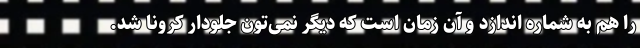
را هم به شماره اندازد و آن زمان است که دیگر نمی‌تون جلودار کرونا شد.